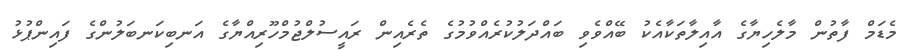
މެޑަމް ފާތުން މާލެހިޔާގެ އާއިލާތަކާއެކު ބޭއްވެވި ބައްދަލުކުރެއްވުމުގެ ތެރެއިން ރައީސުލްޖުމްހޫރިއްޔާގެ އަނބިކަނބަލުންގެ ފައިންޕުޅު